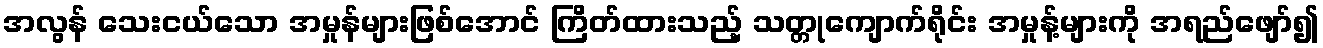
အလွန် သေးငယ်သော အမှုန်များဖြစ်အောင် ကြိတ်ထားသည့် သတ္တုကျောက်ရိုင်း အမှုန့်များကို အရည်ဖျော်၍